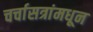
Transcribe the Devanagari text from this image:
चर्चासत्रांमधून